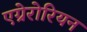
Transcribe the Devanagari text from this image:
एग्रेरोरियन